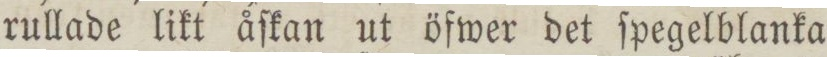
rullade likt åſkan ut öfwer det ſpegelblanka